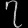
Digit: ၇